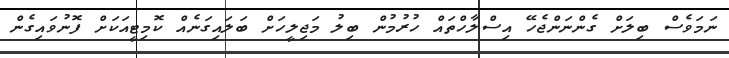
ނަމަވެސް ބިލަށް ގެންނަންޖެހޭ އިސްލާހްތައް ހުރުމުން ބިލު މަޖިލީހަށް ބަލައިގަނެއް ކޮމިޓީއަކަށް ފޮނުވައިގެން